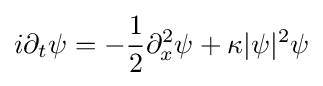
\displaystyle i\partial _{t}\psi =-{1 \over 2}\partial _{x}^{2}\psi +\kappa |\psi |^{2}\psi